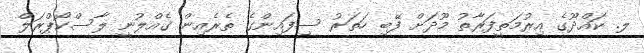
ލ. ކައްދޫގެ އިރުމަތީފަރާތު މޫދަށް ފޭބި ހަތަރު ސިފައިންގެ ތެރެއިން ގެއްލުނީ ލާސްކޯޕްރަލް